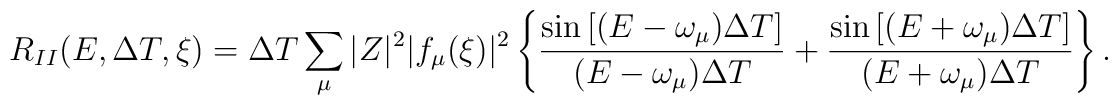
R_{II}(E,\Delta T,\xi) = \Delta T \sum_{\mu}|Z|^{2}|f_{\mu}(\xi)|^{2}\left\{\frac{\sin\left[(E-\omega_{\mu})\Delta T\right]}{(E-\omega_{\mu})\Delta T}+\frac{\sin\left[(E+\omega_{\mu})\Delta T\right]}{(E+\omega_{\mu})\Delta T}\right\}.